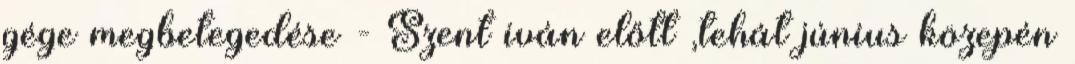
gége megbetegedése - Szent iván előtt ,tehát június közepén